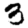
Digit: 3